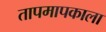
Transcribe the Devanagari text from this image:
तापमापकाला